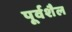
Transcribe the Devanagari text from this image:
पूर्वशैल